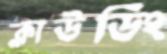
ক্লাউডিং